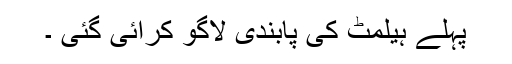
پہلے ہیلمٹ کی پابندی لاگو کرائی گئی ۔